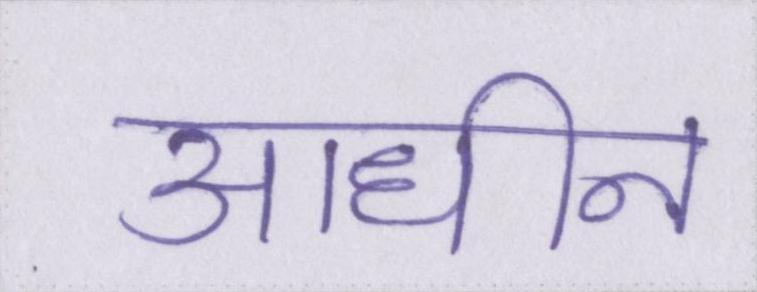
आधीन